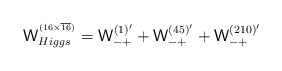
\begin{align*}{\mathsf W}_{Higgs}^{^{(16 \times \overline {16})}}={\mathsf W}^{(1)'}_{-+}+{\mathsf W}^{(45)'}_{-+}+{\mathsf W}^{(210)'}_{-+}\end{align*}